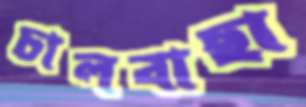
চালবাছা